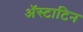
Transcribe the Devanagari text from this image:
अॅस्टाटिन